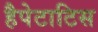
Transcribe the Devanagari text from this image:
हैपेटाटिस